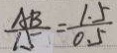
\frac { A B } { 1 5 } = \frac { 1 . 5 } { 0 . 5 }